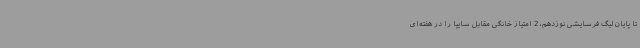
تا پایان لیگ فرسایشی نوزدهم، 2 امتیاز خانگی مقابل سایپا را در هفته‌ای